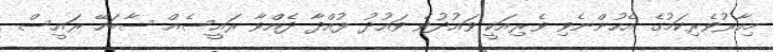
މިހާރުވެރިކަމުގެ އެހުންނެވި ވެރިއަކީ ވައުދުވެ ވައުދު ފުއްދާ ދެއްވާ ރައީސެއް ސާބަހޭ ރައީސް